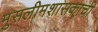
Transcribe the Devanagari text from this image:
मुसलीमशासकाची